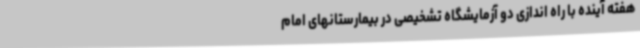
هفته آینده با راه اندازی دو آزمایشگاه تشخیصی در بیمارستانهای امام